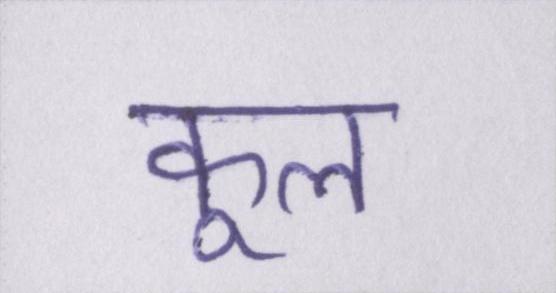
कूल